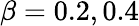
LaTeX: \beta=0.2,0.4